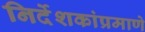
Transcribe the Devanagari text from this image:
निर्देशकांप्रमाणे